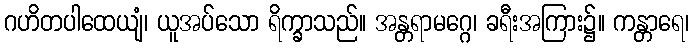
ဂဟိတပါထေယျံ၊ ယူအပ်သော ရိက္ခာသည်။ အန္တရာမဂ္ဂေ၊ ခရီးအကြား၌။ ကန္တာရေ၊